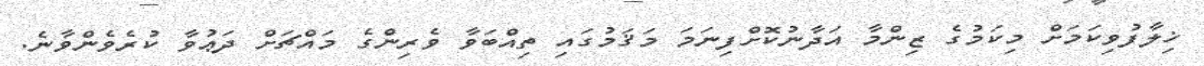
ޚިލާފުވިކަމަށް މިކަމުގެ ޒިންމާ އަދާނުކޮށްފިނަމަ މަޤަމުގައި ތިއްބަވާ ވެރިންގެ މައްޗަށް ދަޢުވާ ކުރެވެންވާނެ.